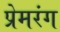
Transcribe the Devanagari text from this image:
प्रेमरंग